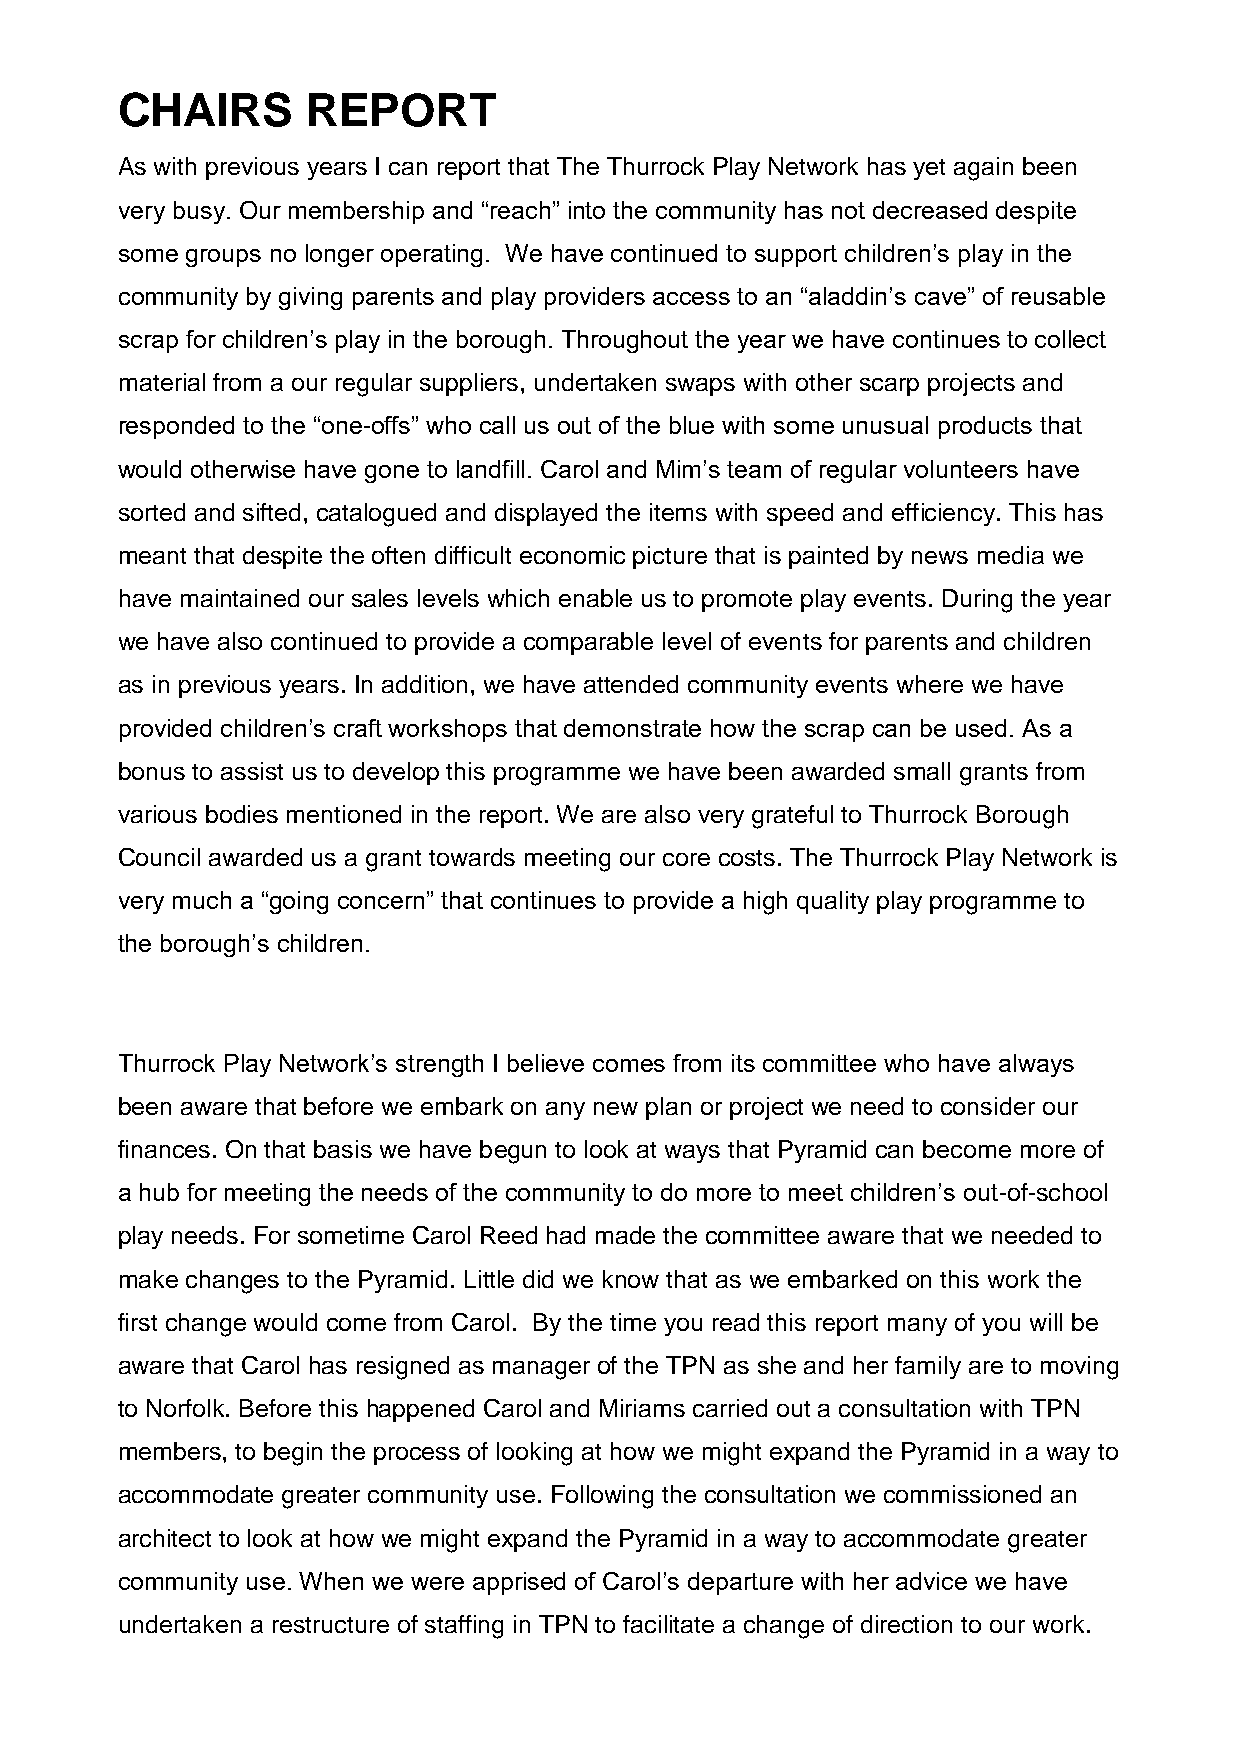
CHAIRS      REPORT
 As with previous years I can report that The Thurrock Play Network has yet again been
 very busy. Our membership and “reach” into the community has not decreased despite
 some groups no longer operating. We have continued to support children’s play in the
 community by giving parents and play providers access to an “aladdin’s cave” of reusable
 scrap for children’s play in the borough. Throughout the year we have continues to collect
 material from a our regular suppliers, undertaken swaps with other scarp projects and
 responded to the “one-offs” who call us out of the blue with some unusual products that
 would otherwise have gone to landfill. Carol and Mim’s team of regular volunteers have
 sorted and sifted, catalogued and displayed the items with speed and efficiency. This has
 meant that despite the often difficult economic picture that is painted by news media we
 have maintained our sales levels which enable us to promote play events. During the year
 we have also continued to provide a comparable level of events for parents and children
 as in previous years. In addition, we have attended community events where we have
 provided children’s craft workshops that demonstrate how the scrap can be used. As a
 bonus to assist us to develop this programme we have been awarded small grants from
 various bodies mentioned in the report. We are also very grateful to Thurrock Borough
 Council awarded us a grant towards meeting our core costs. The Thurrock Play Network is
 very much a “going concern” that continues to provide a high quality play programme to
 the borough’s children.
 Thurrock Play Network’s strength I believe comes from its committee who have always
 been aware that before we embark on any new plan or project we need to consider our
 finances. On that basis we have begun to look at ways that Pyramid can become more of
 a hub for meeting the needs of the community to do more to meet children’s out-of-school
 play needs. For sometime Carol Reed had made the committee aware that we needed to
 make changes to the Pyramid. Little did we know that as we embarked on this work the
 first change would come from Carol. By the time you read this report many of you will be
 aware that Carol has resigned as manager of the TPN as she and her family are to moving
 to Norfolk. Before this happened Carol and Miriams carried out a consultation with TPN
 members, to begin the process of looking at how we might expand the Pyramid in a way to
 accommodate greater community use. Following the consultation we commissioned an
 architect to look at how we might expand the Pyramid in a way to accommodate greater
 community use. When we were apprised of Carol’s departure with her advice we have
 undertaken a restructure of staffing in TPN to facilitate a change of direction to our work.